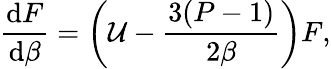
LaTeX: \frac{\mathrm{d}F}{\mathrm{d}\beta}=\left({\cal U}-\frac{3(P-1)}{2\beta}\right)F,